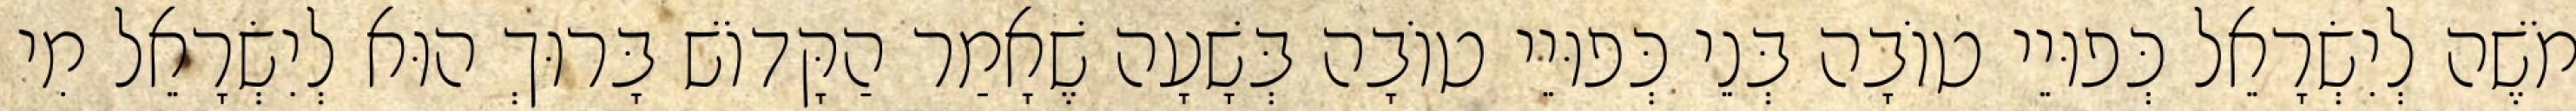
מֹשֶׁה לְיִשְׂרָאֵל כְּפוּיֵי טוֹבָה בְּנֵי כְּפוּיֵי טוֹבָה בְּשָׁעָה שֶׁאָמַר הַקָּדוֹשׁ בָּרוּךְ הוּא לְיִשְׂרָאֵל מִי